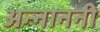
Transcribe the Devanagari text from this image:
अन्नाननी